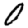
Digit: 0